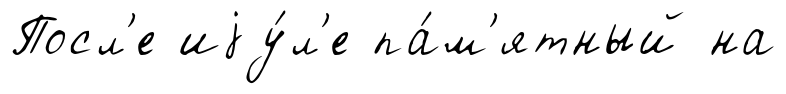
Посл'е иjу́л'е па́м'ятный на